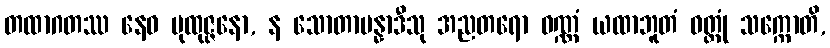
တထာဂတဿ နေဝ ပုထုဇ္ဇနော, န သောတာပန္နာဒီသု အညတရော ဝဏ္ဏံ ယထာဘူတံ ဝတ္တုံ သက္ကောတိ,